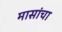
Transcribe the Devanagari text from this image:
मासांचा